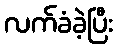
လက်ခံခဲ့ပြီး